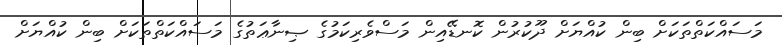
މަސައްކަތްތަކަށް ބިން ކުއްޔަށް ދޫކުރުން ކޮނޑޭއިން މަސްވެރިކަމުގެ ޞިނާޢަތުގެ މަސައްކަތްތަކަށް ބިން ކުއްޔަށް